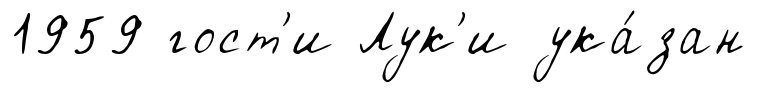
1959 гост'и Лук'и ука́зан